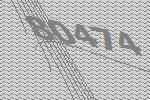
80474